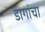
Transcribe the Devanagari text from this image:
डागांचा